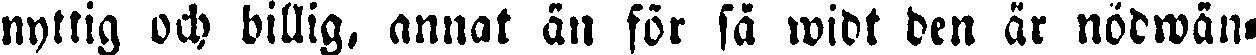
nyttig och billig, annat än för så widt den är nödwän-